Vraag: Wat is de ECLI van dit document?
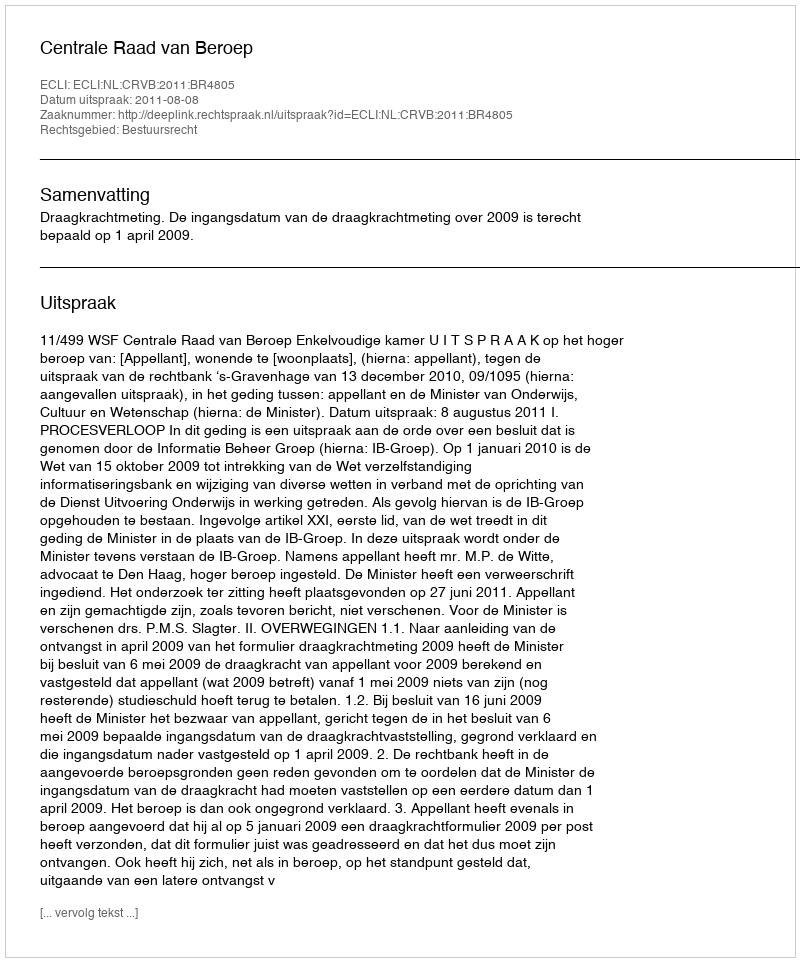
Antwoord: ECLI:NL:CRVB:2011:BR4805